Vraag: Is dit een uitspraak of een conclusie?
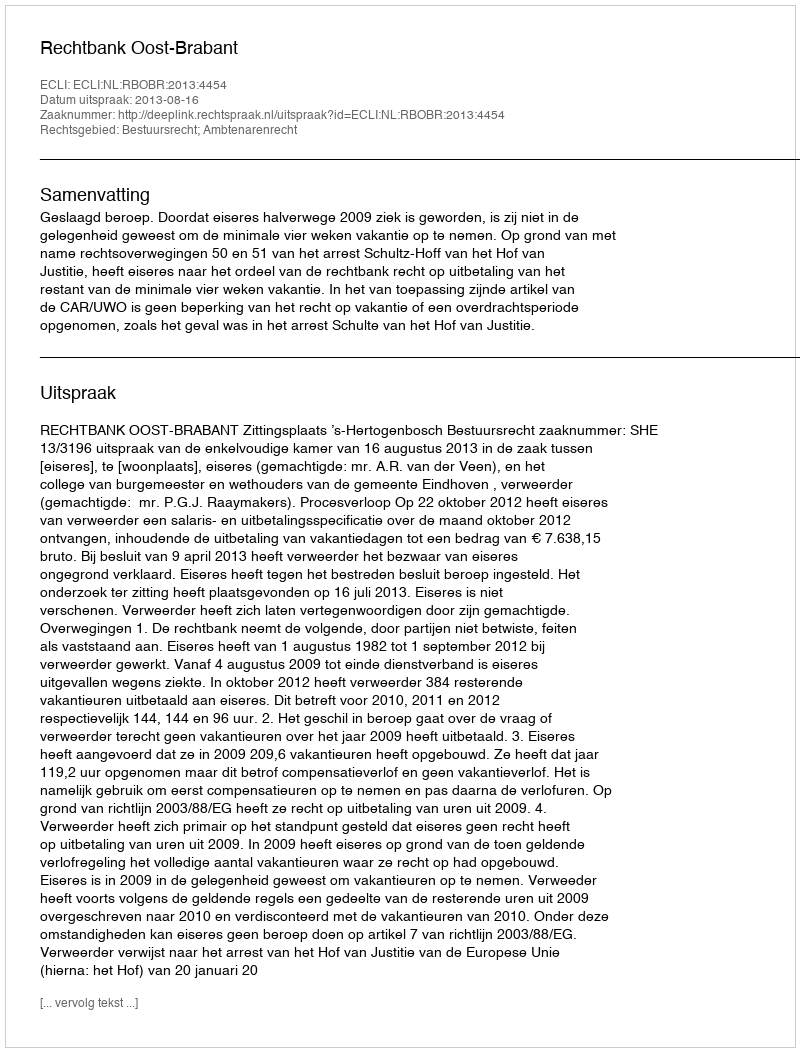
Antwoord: Uitspraak